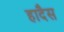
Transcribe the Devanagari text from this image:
हादैस